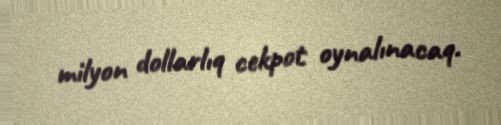
milyon dollarlıq cekpot oynalınacaq.